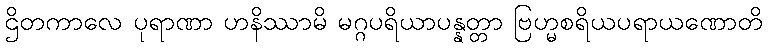
ဌိတကာလေ ပုရာဏာ ဟနိဿာမိ မဂ္ဂပရိယာပန္နတ္တာ ဗြဟ္မစရိယပရာယဏောတိ